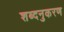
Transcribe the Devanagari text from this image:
शब्दनुकरण